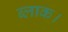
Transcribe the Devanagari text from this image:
ब्‍लाक।